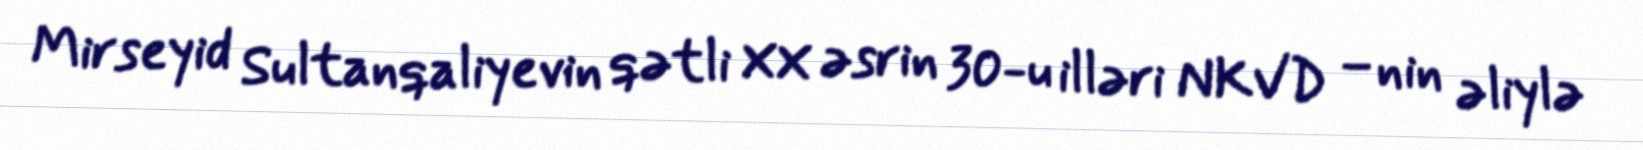
Mirseyid Sultanqaliyevin qətli XX əsrin 30-u illəri NKVD –nin əliylə